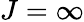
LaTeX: J=\infty